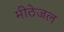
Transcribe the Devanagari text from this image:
मीठेजल